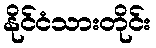
နိုင်ငံသားတိုင်း